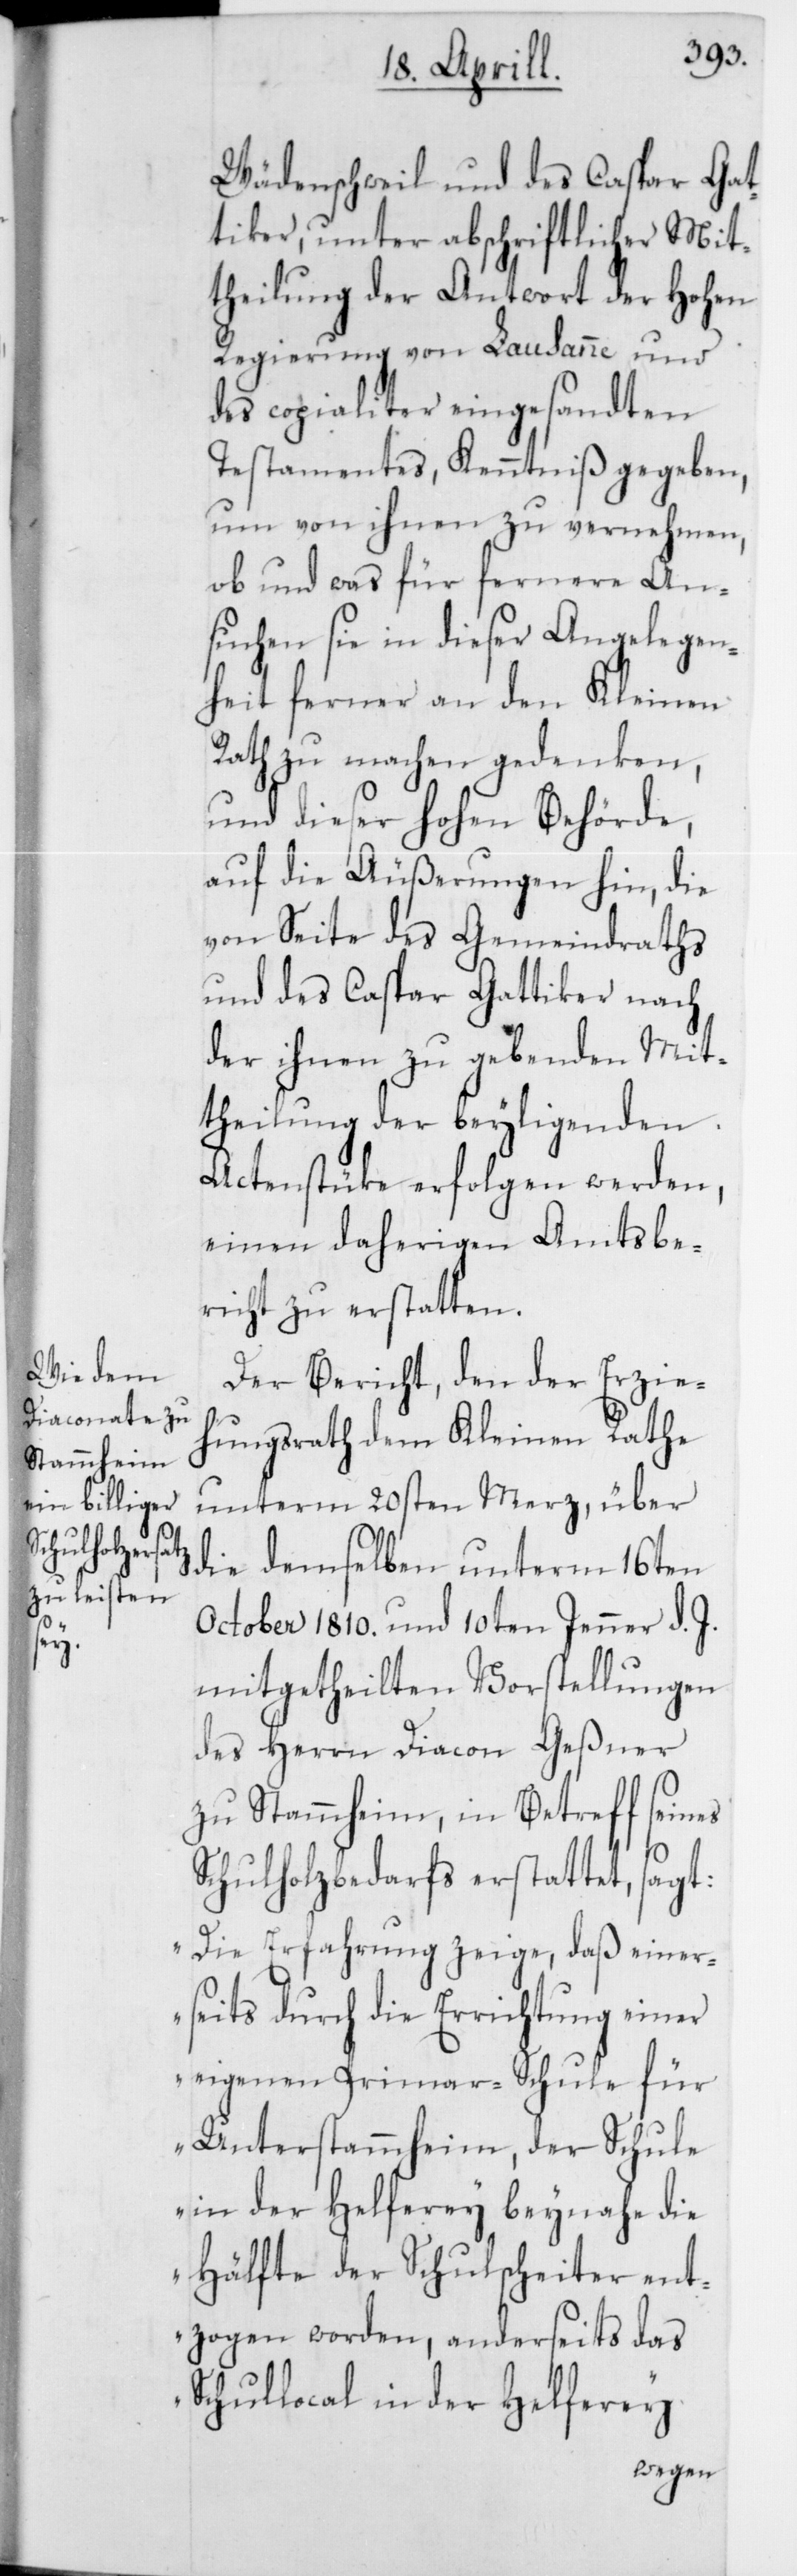
Wädenschweil und des Caspar Gat¬
tiker, unter abschriftlicher Mit¬
theilung der Antwort der Hohen
Regierung von Lausanne und
des copialiter eingesandten
Testaments, Kenntniß gegeben,
um von ihnen zu vernehmen,
ob und was für fernere An¬
suchen sie in dieser Angelegen¬
heit ferner an den Kleinen
Rath zu machen gedenken,
und dieser hohen Behörde,
auf die Äußerungen hin, die
von Seite des Gemeindraths
und des Caspar Gattiker nach
der ihnen zu gebenden Mit¬
theilung der beyligenden
Actenstücke erfolgen werden,
einen daherigen Amtsbe¬
richt zu erstatten.
Der Bericht, den der Erzie¬
hungsrath dem Kleinen Rathe
unterm 20sten Merz, über
die demselben unterm 16ten
October 1810. und 10ten Jenner d. J.
mitgetheilten Vorstellungen
des Herren Diacon Geßner
zu Stammheim, in Betreff seines
Schulholzbedarfs erstattet, sagt:
„Die Erfahrung zeige, daß einer¬
seits durch die Errichtung einer
eigenen Primar-Schule für
Unterstammheim, der Schule
in der Helferey beynahe die
Hälfte der Schulscheiter ent¬
zogen worden, anderseits das
Schullocal in der Helferey